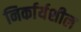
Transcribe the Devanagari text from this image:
निर्कार्यशील